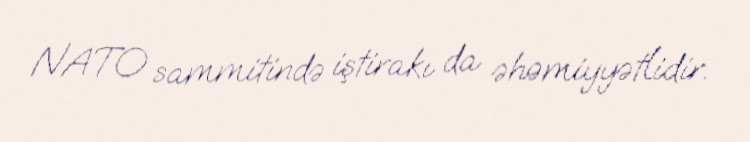
NATO sammitində iştirakı da əhəmiyyətlidir.